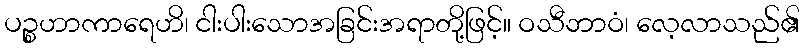
ပဉ္စဟာကာရေဟိ၊ ငါးပါးသောအခြင်းအရာတို့ဖြင့်။ ဝသီဘာဝံ၊ လေ့လာသည်၏